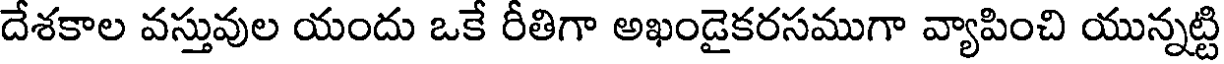
దేశకాల వస్తువుల యందు ఒకే రీతిగా అఖండైకరసముగా వ్యాపించి యున్నట్టి